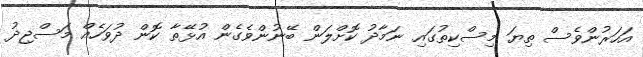
އަހަރުންވެސް ތިޔަ މިސްކިތުގައި ނަމާދު ކޮށްލަން ބޭނުންވެގެން އުޅޭތާ ކޮން ދުވަހެއް މަސްޖިދު